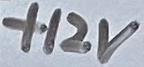
Text: +12V